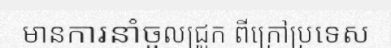
មានការនាំចូលជ្រូក ពីក្រៅប្រទេស